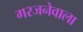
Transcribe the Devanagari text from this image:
गरजनेवाला